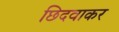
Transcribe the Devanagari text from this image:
छिदवाकर